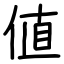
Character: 値